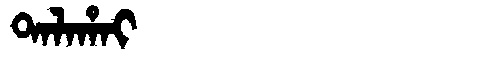
Manchu: ᡨᠠᠯᠠᡥᠠᡳ
Romanization: TALAHAI